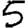
Digit: 5